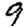
Digit: 9